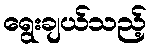
ရွေးချယ်သည့်